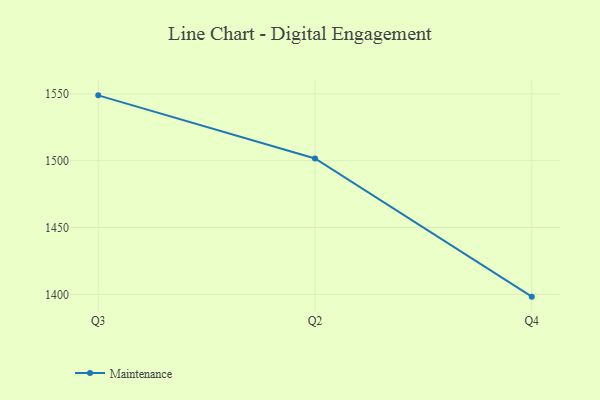
{"axis": {"x": "Quarter", "y": "Gross Profit (USD K)"}, "legend": ["Maintenance"], "data": [{"x": "Q3", "y": 1548.9, "type": "Maintenance"}, {"x": "Q2", "y": 1501.7, "type": "Maintenance"}, {"x": "Q4", "y": 1398.3, "type": "Maintenance"}]}